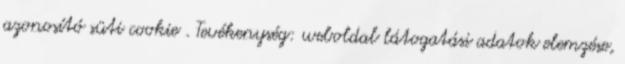
azonosító süti cookie . Tevékenység: weboldal látogatási adatok elemzése,